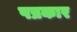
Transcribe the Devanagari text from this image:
पप्रकार